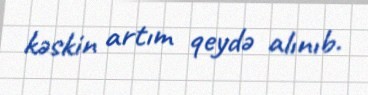
kəskin artım qeydə alınıb.